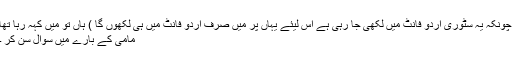
چونکہ یہ سٹوری اردو فانٹ میں لکھی جا رہی ہے اس لیئے یہاں پر میں صرف اردو فانٹ میں ہی لکھوں گا ) ہاں تو میں کہہ رہا تھا
مامی کے بارے میں سوال سن کر ۔